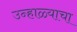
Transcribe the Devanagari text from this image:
उन्हाळ्याचा